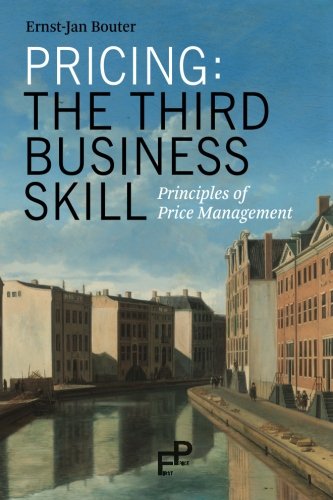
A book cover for Pricing: The Third Business Skill: Principles of Price Management; Ernst-Jan Bouter; Business & Money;